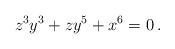
LaTeX: \begin{align*}z^3 y^3 + zy^5 + x^6 = 0 \, . \end{align*}